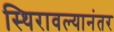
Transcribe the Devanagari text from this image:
स्थिरावल्यानंतर